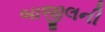
બાજીલની